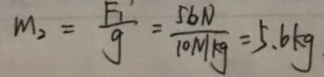
m _ { 2 } = \frac { F _ { 1 } } { g } = \frac { 5 6 N } { 1 0 N / k g } = 5 . 6 k g